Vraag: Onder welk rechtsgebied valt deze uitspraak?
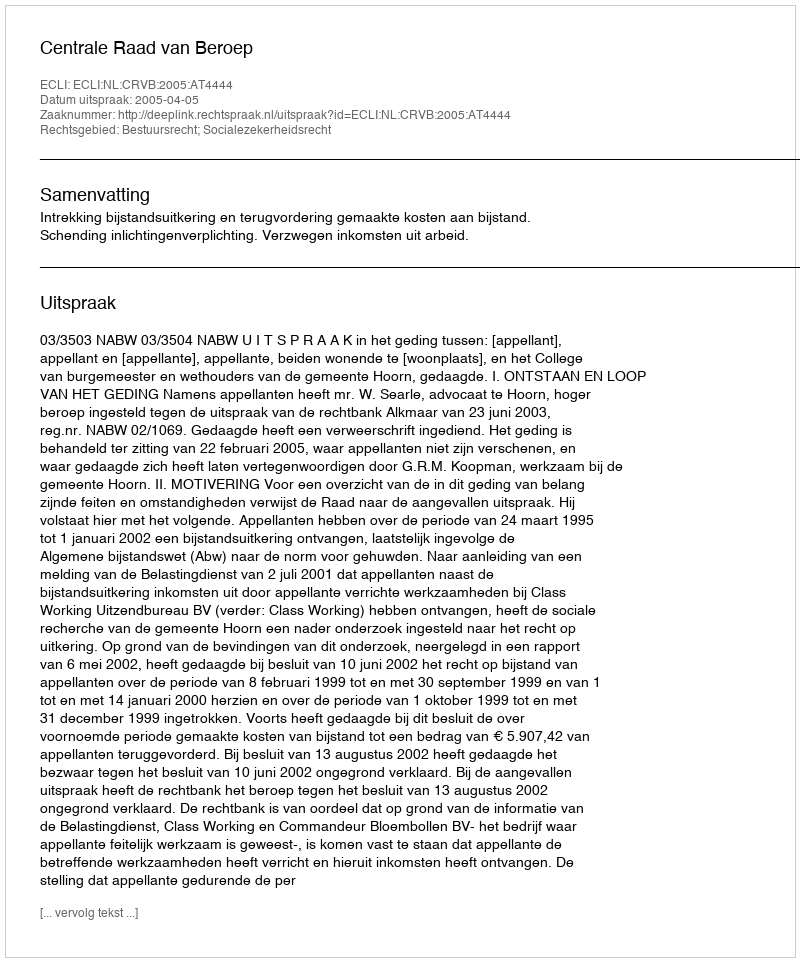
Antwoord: Bestuursrecht; Socialezekerheidsrecht